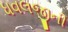
ધવલજીની